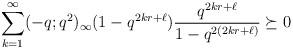
LaTeX: \begin{align*} \sum_{k=1}^{\infty}(-q;q^2)_\infty(1-q^{2kr+\ell}) \frac{q^{2kr+\ell}}{1-q^{2(2kr+\ell)}} \succeq 0 \end{align*}